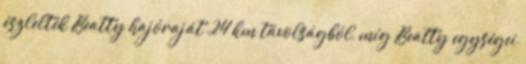
észlelték Beatty hajóraját 24 km távolságból, míg Beatty egységei